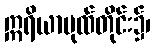
ဣရိယာပုထ်တိုင်း၌၊